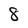
Character: 8